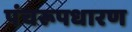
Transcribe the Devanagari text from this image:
पंचरूपधारण